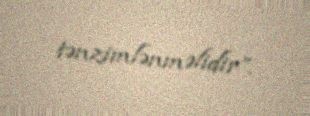
tənzimlənməlidir”.